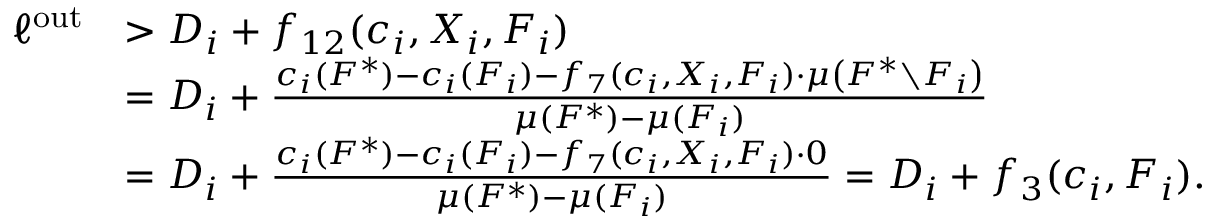
\begin{array} { r l } { \ell ^ { \mathrm { o u t } } } & { > D _ { i } + f _ { 1 2 } ( c _ { i } , X _ { i } , F _ { i } ) } \\ { } & { = D _ { i } + \frac { c _ { i } ( F ^ { * } ) - c _ { i } ( F _ { i } ) - f _ { 7 } ( c _ { i } , X _ { i } , F _ { i } ) \cdot \mu \left( F ^ { * } \setminus F _ { i } \right) } { \mu ( F ^ { * } ) - \mu ( F _ { i } ) } } \\ { } & { = D _ { i } + \frac { c _ { i } ( F ^ { * } ) - c _ { i } ( F _ { i } ) - f _ { 7 } ( c _ { i } , X _ { i } , F _ { i } ) \cdot 0 } { \mu ( F ^ { * } ) - \mu ( F _ { i } ) } = D _ { i } + f _ { 3 } ( c _ { i } , F _ { i } ) . } \end{array}